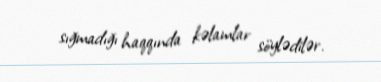
sığmadığı haqqında kəlamlar söylədilər.